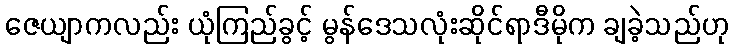
ဇေယျာကလည်း ယုံကြည်ခွင့် မွန်ဒေသလုံးဆိုင်ရာဒီမိုက ချခဲ့သည်ဟု